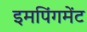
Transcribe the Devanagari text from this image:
इमपिंगमेंट